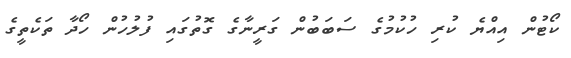
ކޯޓުން އިއްޔެ ކުރި ހުކުމުގެ ސަބަބުން ގަރީނާގެ ގޮތުގައި ފުލުހުން ހޯދާ ތަކެތީގެ